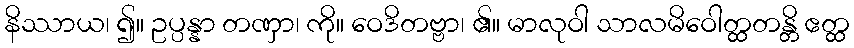
နိဿာယ၊ ၍။ ဥပ္ပန္နာ တဏှာ၊ ကို။ ဝေဒိတဗ္ဗာ၊ ၏။ မာလုဝါ သာလမိဝေါတ္ထတန္တိ ဧတ္ထ